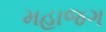
મહાજગ